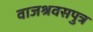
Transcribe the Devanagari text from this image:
वाजश्रवसपुत्र